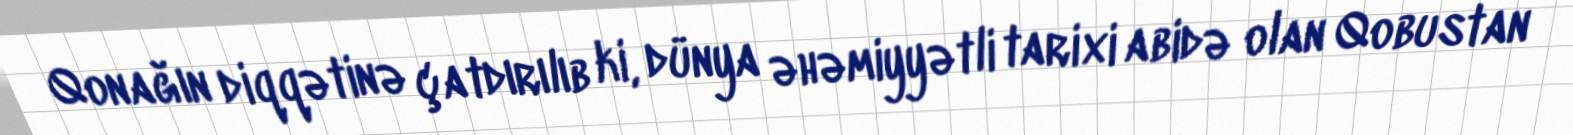
Qonağın diqqətinə çatdırılıb ki, dünya əhəmiyyətli tarixi abidə olan Qobustan